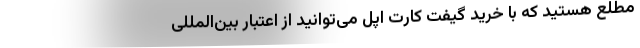
مطلع هستید که با خرید گیفت کارت اپل می‌توانید از اعتبار بین‌المللی